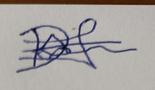
Signature authenticity: forged